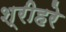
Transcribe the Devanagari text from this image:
श्रीहरे